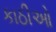
કાઠીઓ